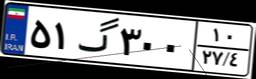
۴۹گ۵۵۵۴۰